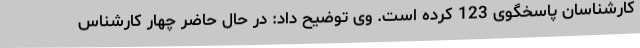
کارشناسان پاسخگوی 123 کرده است. وی توضیح داد: در حال حاضر چهار کارشناس